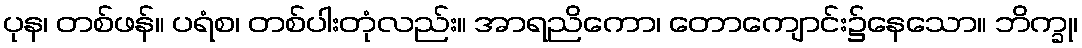
ပုန၊ တစ်ဖန်။ ပရံစ၊ တစ်ပါးတုံလည်း။ အာရညိကော၊ တောကျောင်း၌နေသော။ ဘိက္ခု၊